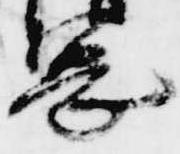
憲